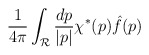
\begin{align*}{1\over {4\pi}}\int_{\cal R}{{dp}\over{|p|}} \chi^*(p){\hat f}(p)\end{align*}